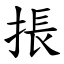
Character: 掁